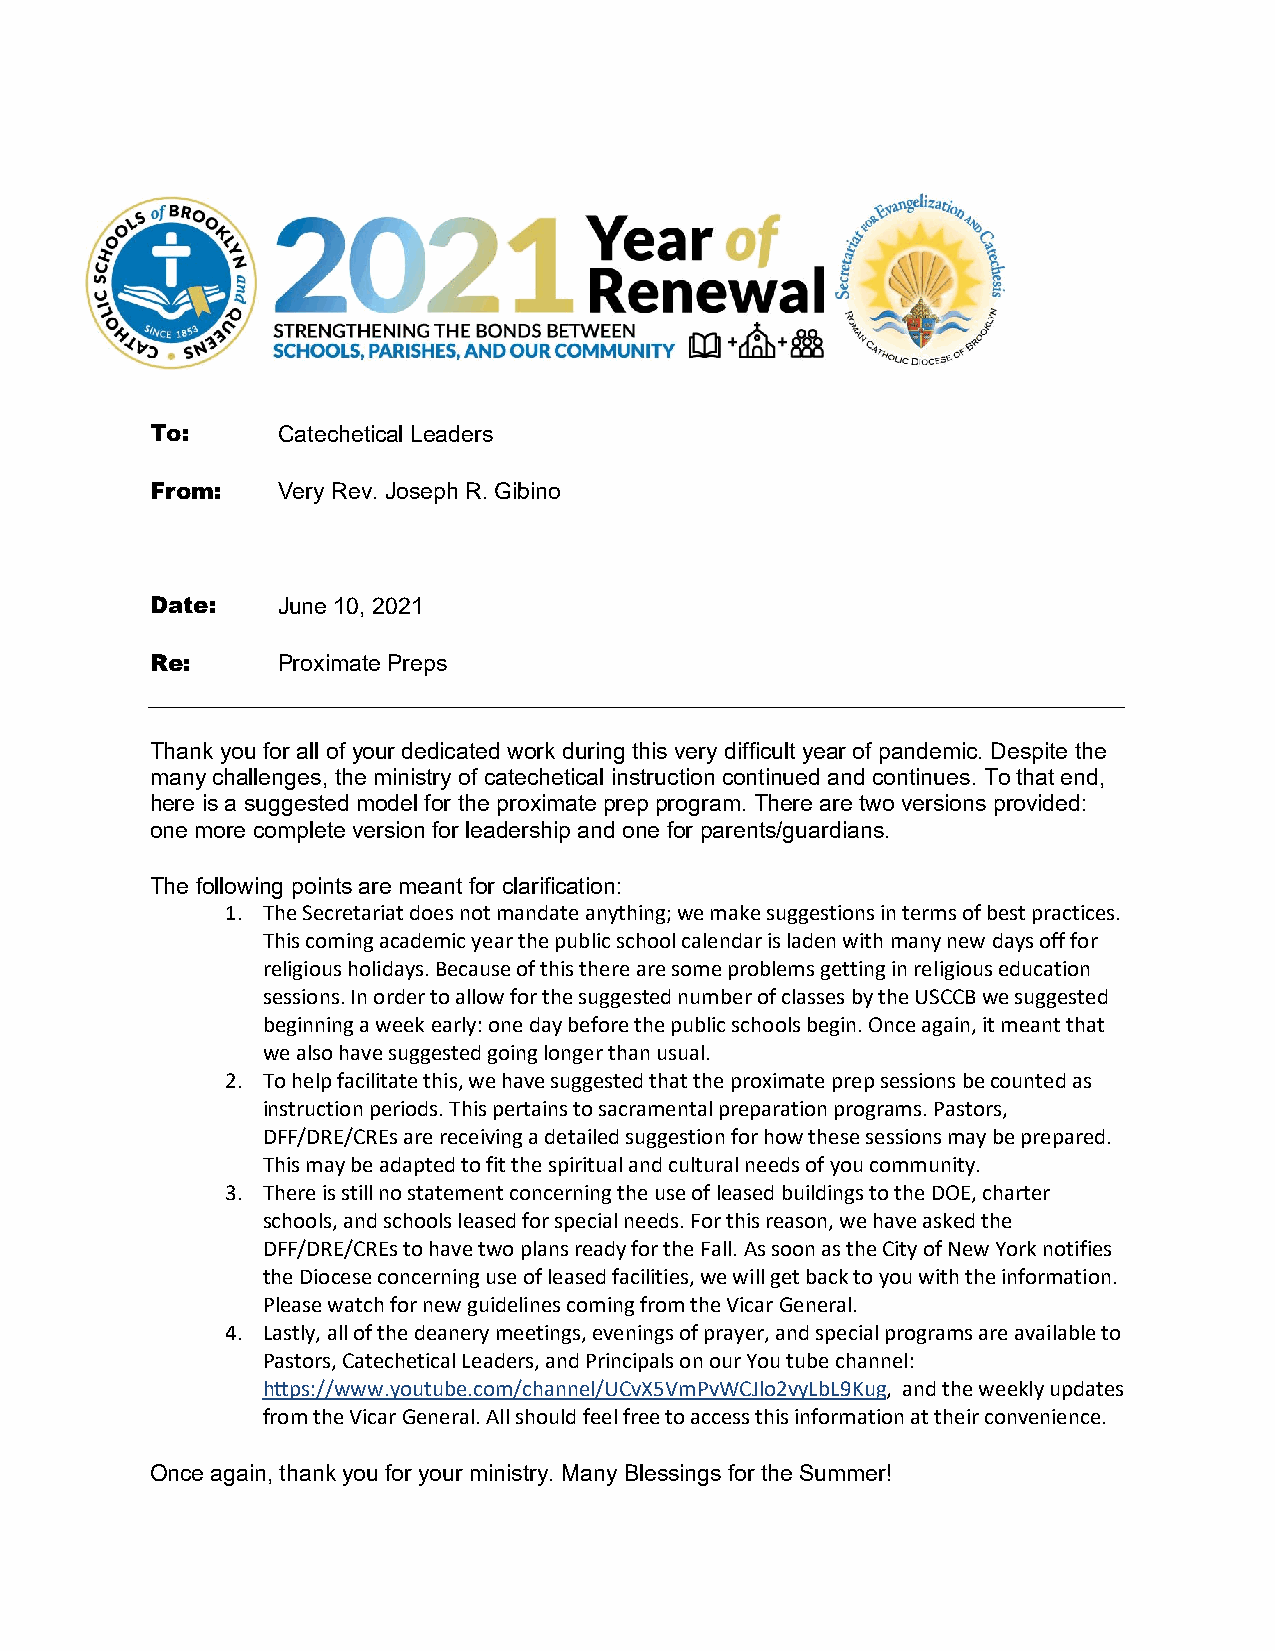
To:     Catechetical Leaders
 From:   Very Rev. Joseph R. Gibino
 Date:   June 10, 2021
 Re:     Proximate Preps
 Thank you for all of your dedicated work during this very difficult year of pandemic. Despite the
 many challenges, the ministry of catechetical instruction continued and continues. To that end,
 here is a suggested model for the proximate prep program. There are two versions provided:
 one more complete version for leadership and one for parents/guardians.
 The following points are meant for clarification:
 1. The Secretariat does not mandate anything; we make suggestions in terms of best practices.
 This coming academic year the public school calendar is laden with many new days off for
 religious holidays. Because of this there are some problems getting in religious education
 sessions. In order to allow for the suggested number of classes by the USCCB we suggested
 beginning a week early: one day before the public schools begin. Once again, it meant that
 we also have suggested going longer than usual.
 2. To help facilitate this, we have suggested that the proximate prep sessions be counted as
 instruction periods. This pertains to sacramental preparation programs. Pastors,
 DFF/DRE/CREs are receiving a detailed suggestion for how these sessions may be prepared.
 This may be adapted to fit the spiritual and cultural needs of you community.
 3. There is still no statement concerning the use of leased buildings to the DOE, charter
 schools, and schools leased for special needs. For this reason, we have asked the
 DFF/DRE/CREs to have two plans ready for the Fall. As soon as the City of New York notifies
 the Diocese concerning use of leased facilities, we will get back to you with the information.
 Please watch for new guidelines coming from the Vicar General.
 4. Lastly, all of the deanery meetings, evenings of prayer, and special programs are available to
 Pastors, Catechetical Leaders, and Principals on our You tube channel:
 https://www.youtube.com/channel/UCvX5VmPvWCJlo2vyLbL9Kug, and the weekly updates
 from the Vicar General. All should feel free to access this information at their convenience.
 Once again, thank you for your ministry. Many Blessings for the Summer!